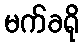
မက်ခရို